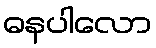
ဓနပါလော